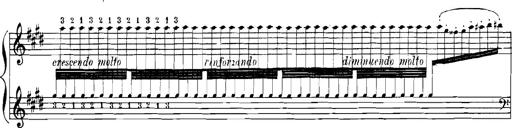
Title: Rhapsodies hongroises
Composer: Franz Liszt